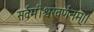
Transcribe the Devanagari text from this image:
सर्वमीश्वरवर्णनम्।।